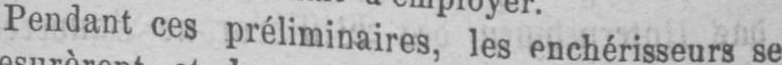
Pendant cespréliminaires, les enchérisseurs se